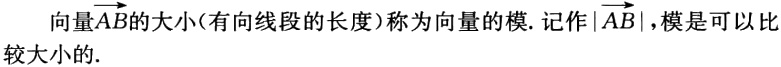
向量\(\overrightarrow{AB}\)的大小(有向线段的长度)称为向量的模. 记作\(|\overrightarrow{AB}|\)，模是可以比较大小的.